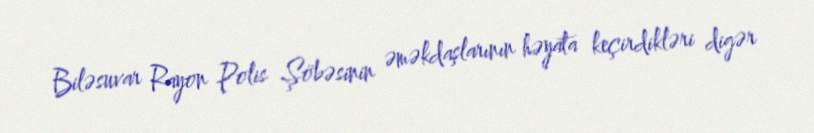
Biləsuvar Rayon Polis Şöbəsinin əməkdaşlarının həyata keçirdikləri digər